system: You are a helpful assistant.
user:
Analyze the provided spectrum to determine if it is a **S-type Star**.

- **Key Indicators for S-type Star:**

    - **(Overall Spectrum Shape):** The first and most obvious characteristic is the overall continuum (the "baseline" shape). It is **extremely "red-sloping,"** meaning the flux (light intensity) is very low on the left side (blue, ~4000-4500 Å) and rises steeply and continuously toward the right side (red, ~7000 Å+).

    - **(Primary):** The spectrum is defined by the presence of strong, broad molecular absorption "valleys" (bands) from **Zirconium Oxide (ZrO)**. The identification of these bands is the **primary requirement** for classifying a star as S-type.
        - **(Key Bandheads):** You must find distinct, deep "dips" where the light has been absorbed. The most critical band systems to locate are:
            - **~6474 Å** ($\gamma$-system): This is often the strongest and clearest ZrO feature, found in the red part of the spectrum.
            - **~5718 Å** & **~5551 Å** ($\beta$-system): A pair of prominent absorption features in the yellow-orange part of the spectrum.
            - **~4640 Å** ($\alpha$-system): A key absorption band system in the blue-green region of the spectrum.

    - **(Secondary Confirmation):** The classification is strengthened by finding additional absorption bands from other related heavy element oxides, which are expected to be present alongside ZrO.
        - **(Key Bandheads):**
            - **Yttrium Oxide (YO):** Look for absorption dips near **~4800 Å** and **~6100 Å**.
            - **Lanthanum Oxide (LaO):** Additional absorption features, particularly in the red-orange part of the spectrum, are also characteristic.

    - **(Line Profile):** The combination of the steep red continuum and these numerous, deep molecular bands (ZrO, YO, etc.) gives the entire spectrum a very **"chopped-up"** or **"bumpy"** appearance. Instead of a smooth curve, the spectrum looks as though large, wide chunks of light have been "carved out" of it at the specific wavelengths listed above.

Think first, call **spectral_visualization_tool** if needed to examine features in detail, then provide your final answer. Your response must adhere to the following strict rules:
1.  **Overall Structure:** Your response must follow the format `<think>...</think> <tool_call>...</tool_call> (if a tool is used) <answer>...</answer>`.
2.  **Tool Usage Constraint:** You may only make **one** tool call per turn.
3.  **Final Answer Format:** In the `<answer>` tag, your conclusion must be inside a `\boxed{}` command (e.g., `\boxed{YES}` or `\boxed{NO}`), followed by your justification.

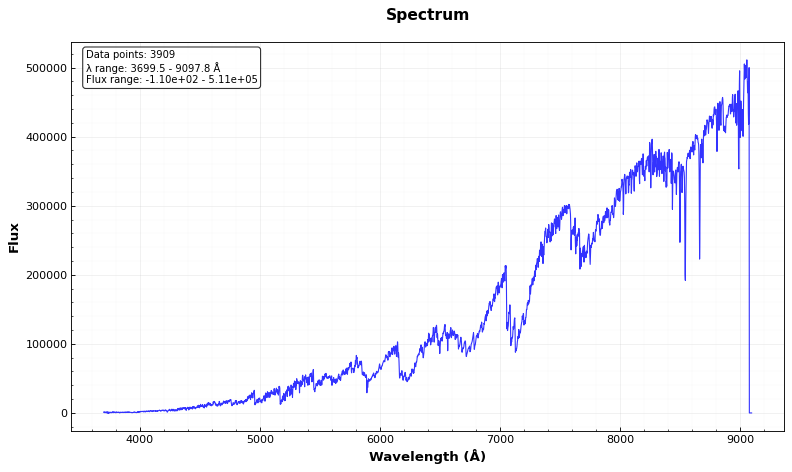
Answer: YES